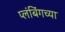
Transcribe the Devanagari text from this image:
प्लंबिंगच्या